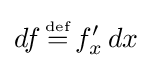
df\,{\overset {\underset {\mathrm {def} }{}}{=}}\,f'_{x}\,dx